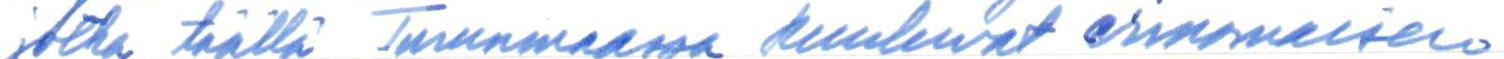
jotka täällä Turunmaassa kuuluvat erinomaisen